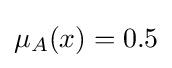
\mu _{A}(x)=0.5